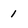
Character: 1